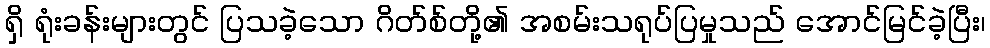
ရှိ ရုံးခန်းများတွင် ပြသခဲ့သော ဂိတ်စ်တို့၏ အစမ်းသရုပ်ပြမှုသည် အောင်မြင်ခဲ့ပြီး၊